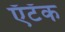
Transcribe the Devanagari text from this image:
ऍटॅक